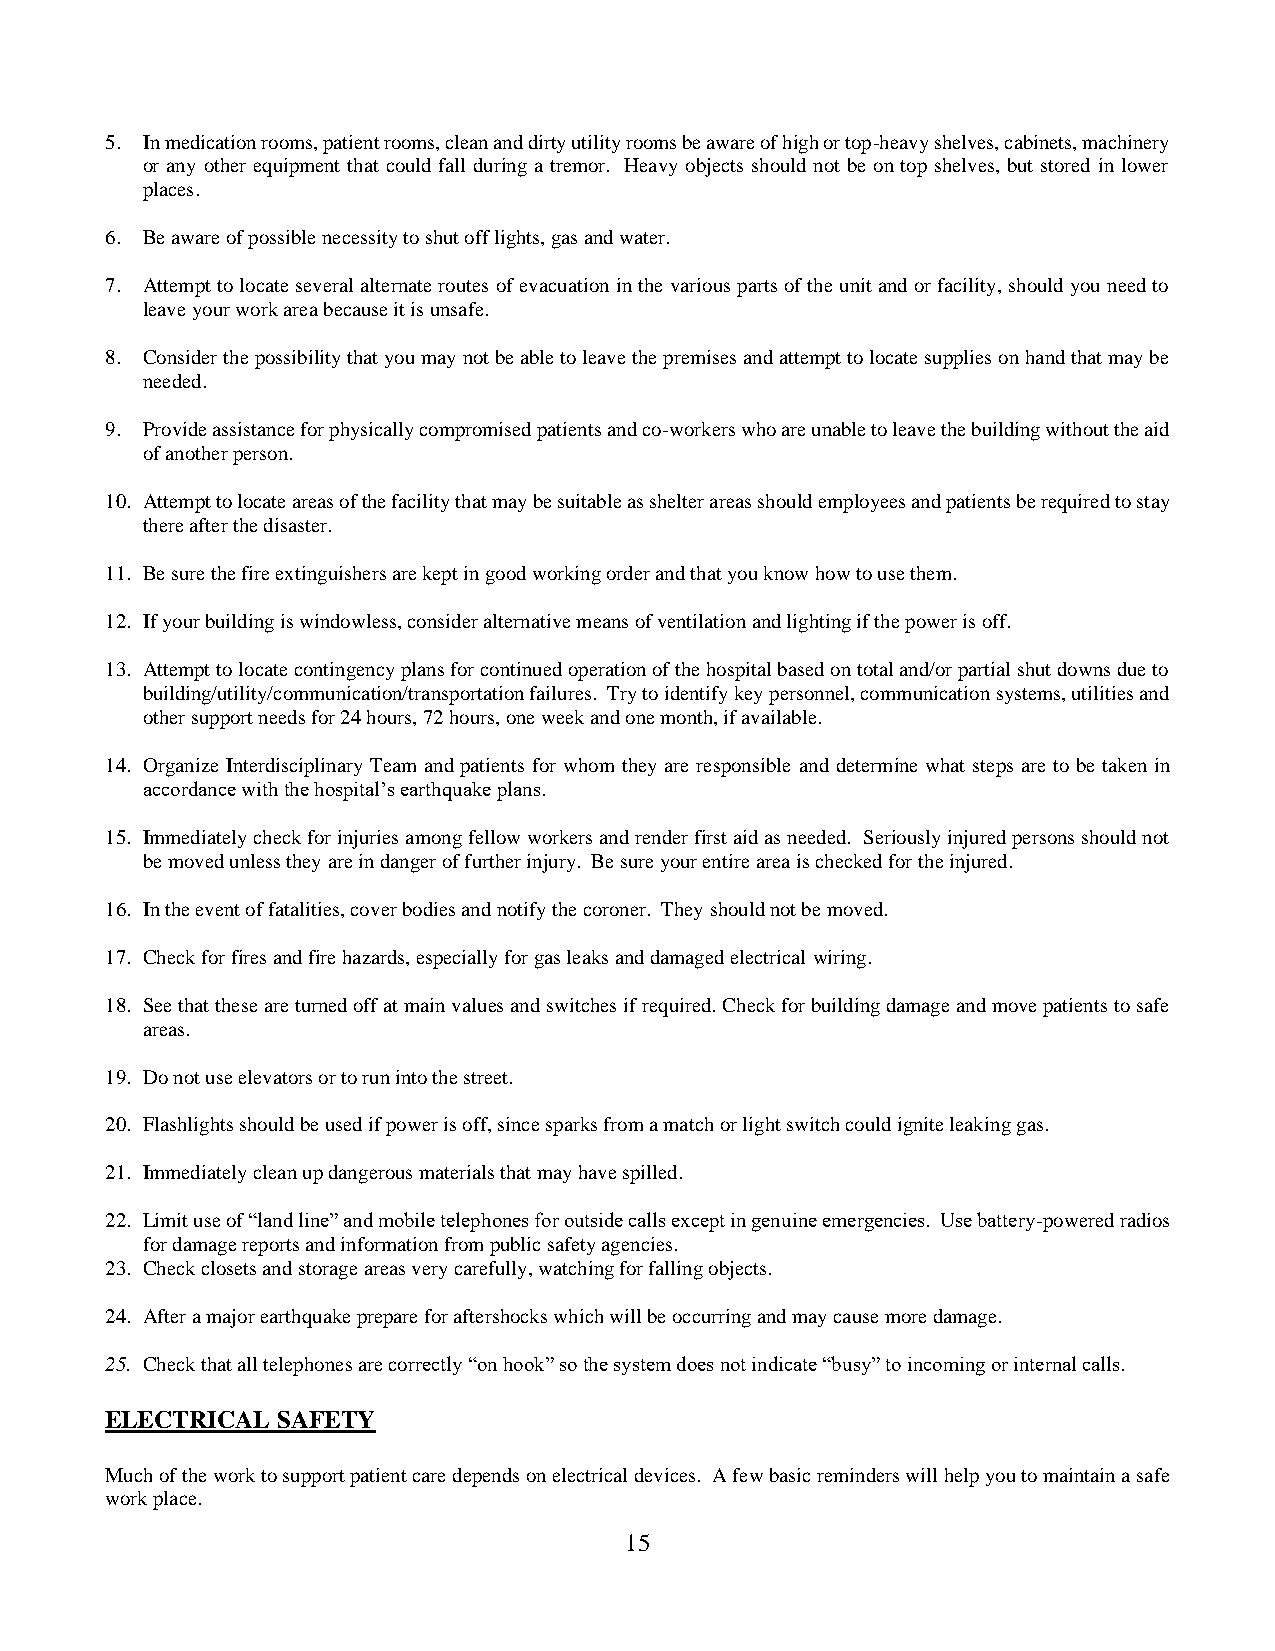
5. In medication rooms, patient rooms, clean and dirty utility rooms be aware of high or top-heavy shelves, cabinets, machinery
 or any other equipment that could fall during a tremor. Heavy objects should not be on top shelves, but stored in lower
 places.
 6. Be aware of possible necessity to shut off lights, gas and water.
 7. Attempt to locate several alternate routes of evacuation in the various parts of the unit and or facility, should you need to
 leave your work area because it is unsafe.
 8. Consider the possibility that you may not be able to leave the premises and attempt to locate supplies on hand that may be
 needed.
 9. Provide assistance for physically compromised patients and co-workers who are unable to leave the building without the aid
 of another person.
 10. Attempt to locate areas of the facility that may be suitable as shelter areas should employees and patients be required to stay
 there after the disaster.
 11. Be sure the fire extinguishers are kept in good working order and that you know how to use them.
 12. If your building is windowless, consider alternative means of ventilation and lighting if the power is off.
 13. Attempt to locate contingency plans for continued operation of the hospital based on total and/or partial shut downs due to
 building/utility/communication/transportation failures. Try to identify key personnel, communication systems, utilities and
 other support needs for 24 hours, 72 hours, one week and one month, if available.
 14. Organize Interdisciplinary Team and patients for whom they are responsible and determine what steps are to be taken in
 accordance with the hospital’s earthquake plans.
 15. Immediately check for injuries among fellow workers and render first aid as needed. Seriously injured persons should not
 be moved unless they are in danger of further injury. Be sure your entire area is checked for the injured.
 16. In the event of fatalities, cover bodies and notify the coroner. They should not be moved.
 17. Check for fires and fire hazards, especially for gas leaks and damaged electrical wiring.
 18. See that these are turned off at main values and switches if required. Check for building damage and move patients to safe
 areas.
 19. Do not use elevators or to run into the street.
 20. Flashlights should be used if power is off, since sparks from a match or light switch could ignite leaking gas.
 21. Immediately clean up dangerous materials that may have spilled.
 22. Limit use of “land line” and mobile telephones for outside calls except in genuine emergencies. Use battery-powered radios
 for damage reports and information from public safety agencies.
 23. Check closets and storage areas very carefully, watching for falling objects.
 24. After a major earthquake prepare for aftershocks which will be occurring and may cause more damage.
 25. Check that all telephones are correctly “on hook” so the system does not indicate “busy” to incoming or internal calls.
 ELECTRICAL SAFETY
 Much of the work to support patient care depends on electrical devices. A few basic reminders will help you to maintain a safe
 work place.
 15